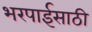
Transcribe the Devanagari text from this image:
भरपाईसाठी